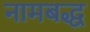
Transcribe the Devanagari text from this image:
नामबद्ध